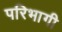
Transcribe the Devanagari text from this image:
परिभागी